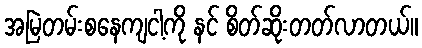
အမြဲတမ်းစနေကျငါ့ကို နင် စိတ်ဆိုးတတ်လာတယ်။